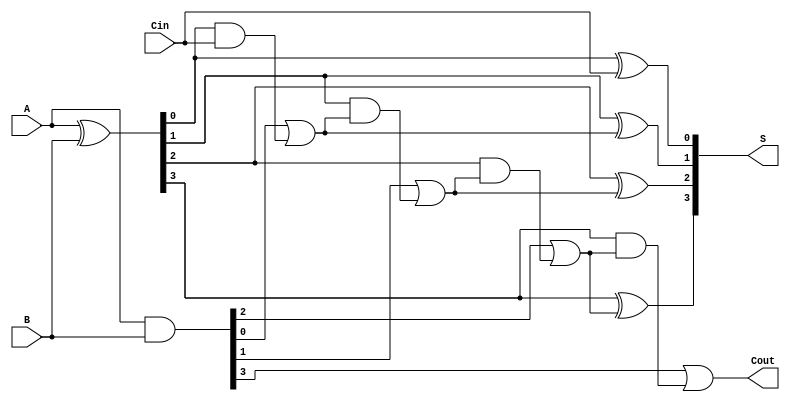
module SklanskyAdder #(parameter N = 4) (
    input [N-1:0] A,      // First binary number
    input [N-1:0] B,      // Second binary number
    input Cin,            // Carry-in
    output [N-1:0] S,     // Sum output
    output Cout           // Carry-out
);

    // Generate and Propagate signals
    wire [N-1:0] G; // Generate signals
    wire [N-1:0] P; // Propagate signals
    wire [N:0] C;   // Carry signals

    // Generate and Propagate calculations
    assign G = A & B;          // G[i] = A[i] & B[i]
    assign P = A ^ B;          // P[i] = A[i] ^ B[i]

    // Carry signals initialization
    assign C[0] = Cin;         // C[0] = Cin

    // Carry generation using Sklansky's method
    genvar i;
    generate
        for (i = 1; i < N; i = i + 1) begin : carry_gen
            assign C[i] = G[i-1] | (P[i-1] & C[i-1]); // C[i] = G[i-1] + (P[i-1] * C[i-1])
        end
    endgenerate

    // Last carry-out
    assign Cout = G[N-1] | (P[N-1] & C[N-1]); // Cout = G[N-1] + (P[N-1] * C[N-1])

    // Sum calculation
    generate
        for (i = 0; i < N; i = i + 1) begin : sum_calc
            assign S[i] = P[i] ^ C[i]; // S[i] = P[i] ^ C[i]
        end
    endgenerate

endmodule